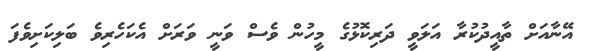
އޭނާއަށް ތާއީދުކުރާ އަލަވީ ދަރިކޮޅުގެ މީހުން ވެސް ވަނީ ވަރަށް އެކަހެރިވެ ބަލިކަށިވެފަ